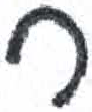
אות: ר